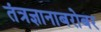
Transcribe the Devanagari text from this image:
तंत्रज्ञानाबरोबर